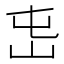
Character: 𡵭